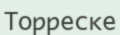
Торреске